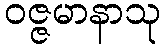
ဝဇ္ဇမာနာသု